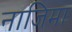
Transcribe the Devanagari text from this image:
नाजिमा